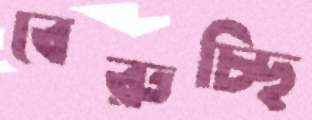
বেরুচ্ছি